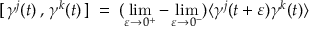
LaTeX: [ \, \gamma ^ { j } ( t ) \, , \, \gamma ^ { k } ( t ) \, ] \; = \; ( \operatorname * { l i m } _ { \varepsilon \to 0 ^ { + } } - \operatorname * { l i m } _ { \varepsilon \to 0 ^ { - } } ) \langle \gamma ^ { j } ( t + \varepsilon ) \gamma ^ { k } ( t ) \rangle